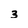
Character: 3